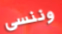
وننسى